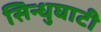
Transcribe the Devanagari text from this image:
सिन्‍धुघाटी